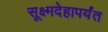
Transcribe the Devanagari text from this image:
सूक्ष्मदेहापर्यंत